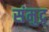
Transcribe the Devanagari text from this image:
संमुद्र